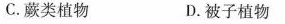
C.蕨类植物 D.被子植物